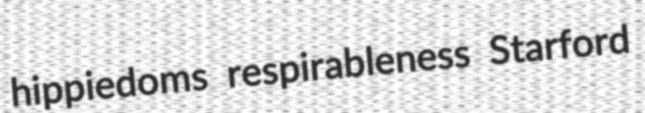
hippiedoms respirableness Starford